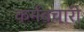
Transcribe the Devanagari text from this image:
कर्मवचारी